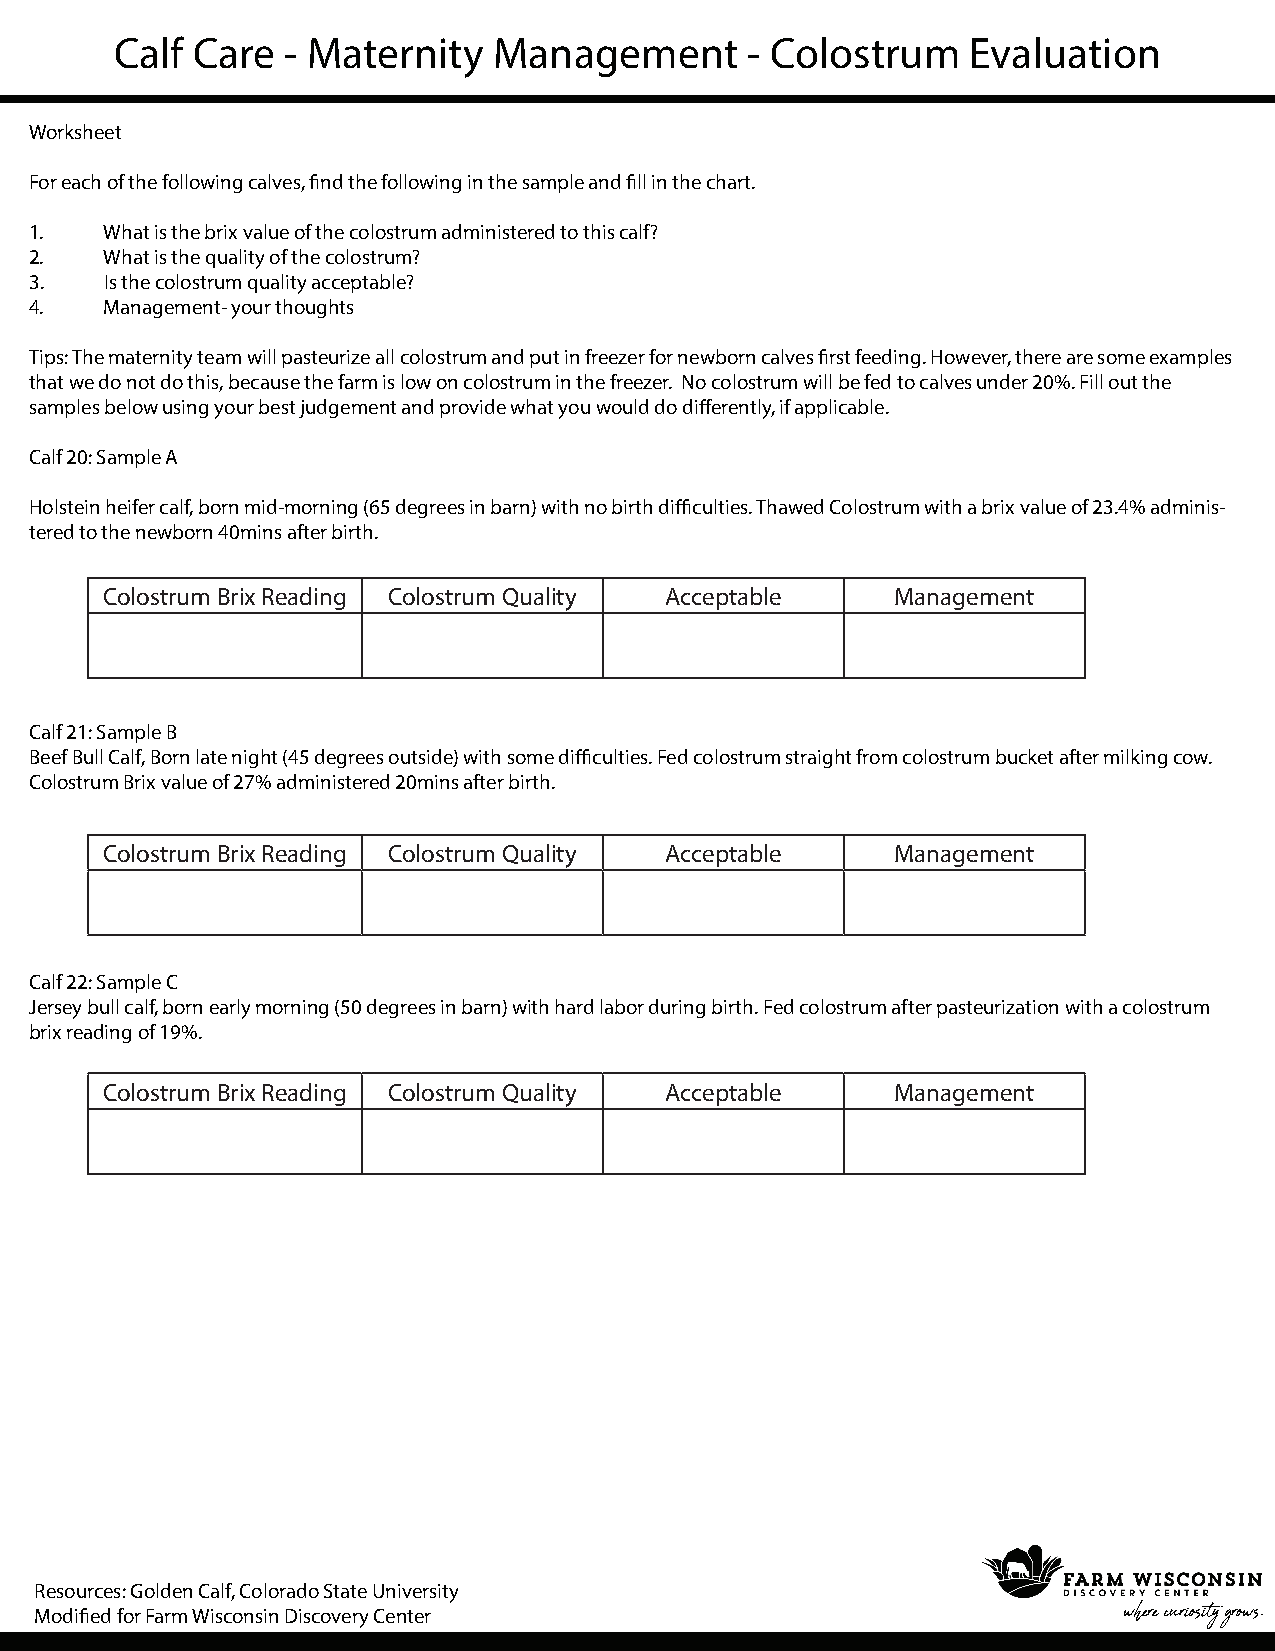
Calf Care  - Maternity   Management      - Colostrum    Evaluation
 Worksheet
 For each of the following calves, find the following in the sample and fill in the chart.
 1.   What is the brix value of the colostrum administered to this calf?
 2.   What is the quality of the colostrum?
 3.   Is the colostrum quality acceptable?
 4.   Management- your thoughts
 Tips: The maternity team will pasteurize all colostrum and put in freezer for newborn calves first feeding. However, there are some examples
 that we do not do this, because the farm is low on colostrum in the freezer. No colostrum will be fed to calves under 20%. Fill out the
 samples below using your best judgement and provide what you would do differently, if applicable.
 Calf 20: Sample A
 Holstein heifer calf, born mid-morning (65 degrees in barn) with no birth difficulties. Thawed Colostrum with a brix value of 23.4% adminis-
 tered to the newborn 40mins after birth.
 Colostrum Brix Reading Colostrum Quality Acceptable Management
 Calf 21: Sample B
 Beef Bull Calf, Born late night (45 degrees outside) with some difficulties. Fed colostrum straight from colostrum bucket after milking cow.
 Colostrum Brix value of 27% administered 20mins after birth.
 Colostrum Brix Reading Colostrum Quality Acceptable Management
 Calf 22: Sample C
 Jersey bull calf, born early morning (50 degrees in barn) with hard labor during birth. Fed colostrum after pasteurization with a colostrum
 brix reading of 19%.
 Colostrum Brix Reading Colostrum Quality Acceptable Management
 Resources: Golden Calf, Colorado State University
 where curiosity grows.
 Modified for Farm Wisconsin Discovery Center